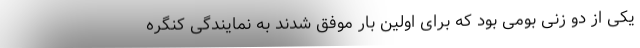
یکی از دو زنی بومی بود که برای اولین بار موفق شدند به نمایندگی کنگره